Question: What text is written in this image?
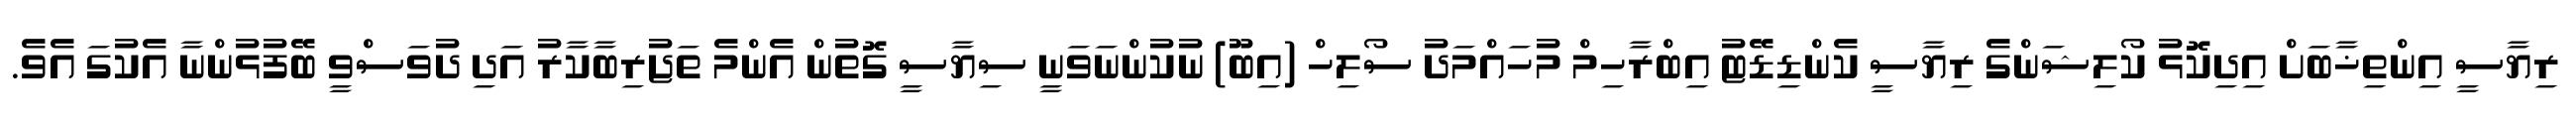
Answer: ރިޔާސީ އިންތިޚާބަށް އިދިކޮޅު ކޯލިޝަންގެ ރިޔާސީ ކެންޑިޑޭޓު އިބްރާހިމް މުހައްމަދު ސޯލިހް (އިބޫ) ނުކުންނަވަނީ ސިޔާސީ ގޮތުން އެންމެ ތަޖުރިބާކާރު އަދި ދުވަސްވީ ބޭފުޅުންނާ އެކުގަ އެވެ.